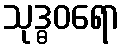
သုဒ္ဓဝရော